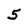
Character: 5